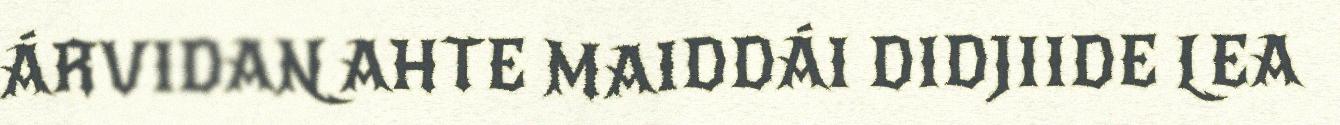
ÁRVIDAN AHTE MAIDDÁI DIDJIIDE LEA